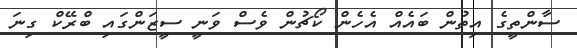
ސާންތީގެ އިތުން ބައެއް އެހެން ކޯޗުން ވެސް ވަނީ ސީޒަންގައި ބްރޭކް ގިނަ